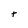
Character: t